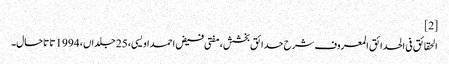
[2]
الحقائق فی الحدائق المعروف شرح حدائق بخشش، مفتی فیض احمد اویسی، 25 جلداں، 1994 تا تاحال۔